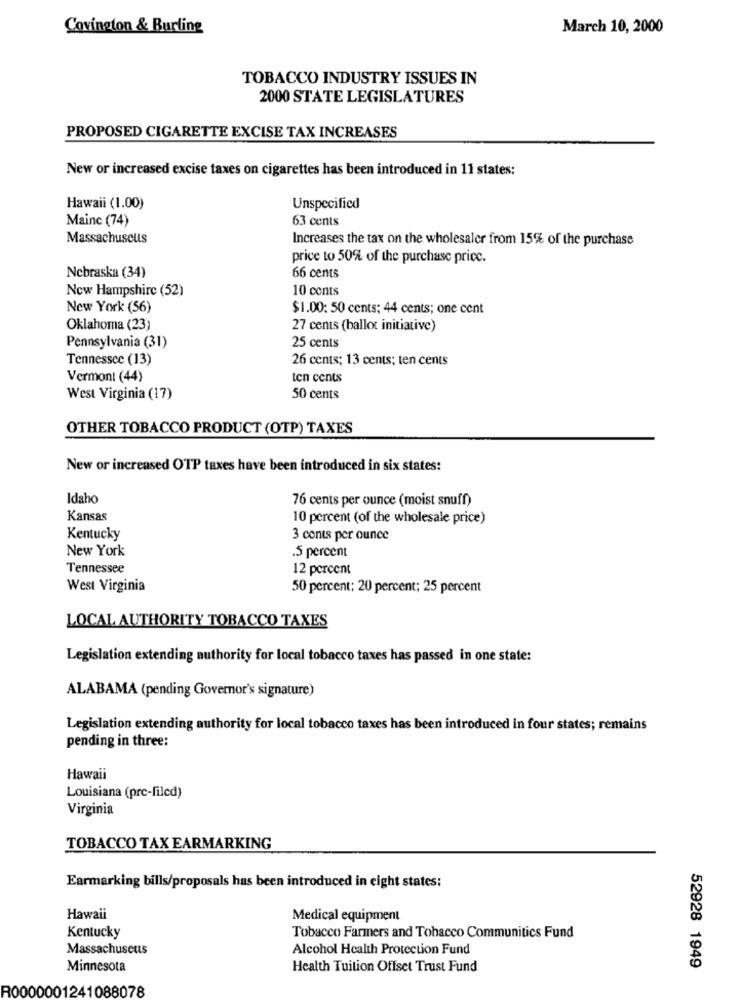
Covington & Burling
March 10, 2000
TOBACCO INDUSTRY ISSUES IN
2000 STATE LEGISLATURES
PROPOSED CIGARETTE EXCISE TAX INCREASES
New or increased excise taxes on cigarettes has been introduced in 11 states:
Hawaii (1.00)
Unspecified
Mainc (74)
63 cents
Massachusetts
Increases the tax on the wholesaler from 15% of the purchase
price to 50% of the purchase price.
66 cents
Nebraska (34)
New Hampshire (52)
10 cents
New York (56)
$1.00: 50 cents; 44 cents; one cent
Oklahoma (23)
27 cents (ballot initiative)
25 cents
Pennsylvania (31)
Tennessee (13)
26 cents; 13 cents; ten cents
Vermont (44)
ten cents
West Virginia (17)
50 cents
OTHER TOBACCO PRODUCT (OTP) TAXES
New or increased OTP taxes have been introduced in six states:
Idaho
76 cents per ounce (moist snuff)
Kansas
10 percent (of the wholesale price)
Kentucky
3 cents per ounce
New York
.5 percent
Tennessee
12 percent
West Virginia
50 percent; 20 percent; 25 percent
LOCAL AUTHORITY TOBACCO TAXES
Legislation extending authority for local tobacco taxes has passed in one state:
ALABAMA (pending Governor's signature)
Legislation extending authority for local tobacco taxes has been introduced in four states; remains
pending in three:
Hawaii
Louisiana (pre-filed)
Virginia
TOBACCO TAX EARMARKING
Earmarking bills/proposals has been introduced in eight states:
Hawaii
Medical equipment
Kentucky
Tobacco Farmers and Tobacco Communitics Fund
Massachusetts
Alcohol Health Protection Fund
Minnesota
Health Tuition Offset Trust Fund
52928 1949
R0000001241088078